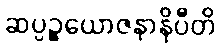
ဆပ္ပဉ္စယောဇနာနိပီတိ